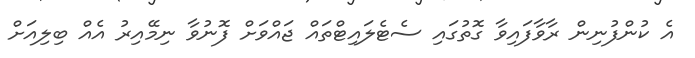
އެ ކުންފުނިން ރާވާފައިވާ ގޮތުގައި ސެޓެލައިޓްތައް ޖައްވަށް ފޮނުވާ ނިމޭއިރު އެއް ބިލިއަށް